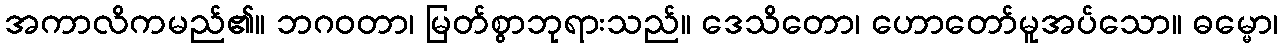
အကာလိကမည်၏။ ဘဂဝတာ၊ မြတ်စွာဘုရားသည်။ ဒေသိတော၊ ဟောတော်မူအပ်သော။ ဓမ္မော၊